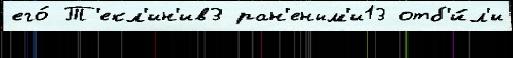
его́ Т'екл'ин'ив3 ран'еным'и13 отб'и́л'и